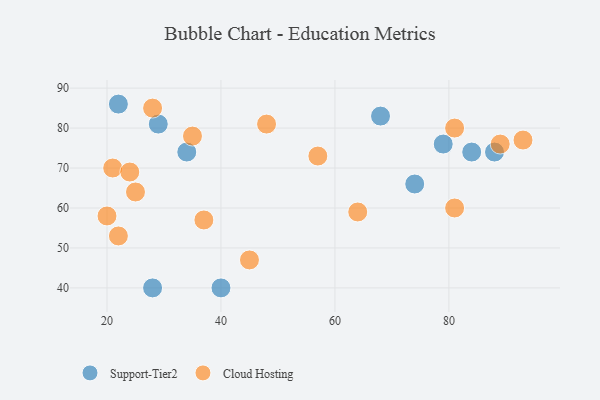
{"axis": {"x": "GDP", "y": "Life Expectancy"}, "legend": ["Cloud Hosting", "Support-Tier2"], "data": [{"x": "68", "y": 83, "type": "Support-Tier2"}, {"x": "79", "y": 76, "type": "Support-Tier2"}, {"x": "34", "y": 74, "type": "Support-Tier2"}, {"x": "29", "y": 81, "type": "Support-Tier2"}, {"x": "28", "y": 40, "type": "Support-Tier2"}, {"x": "74", "y": 66, "type": "Support-Tier2"}, {"x": "88", "y": 74, "type": "Support-Tier2"}, {"x": "22", "y": 86, "type": "Support-Tier2"}, {"x": "84", "y": 74, "type": "Support-Tier2"}, {"x": "40", "y": 40, "type": "Support-Tier2"}, {"x": "28", "y": 85, "type": "Cloud Hosting"}, {"x": "21", "y": 70, "type": "Cloud Hosting"}, {"x": "89", "y": 76, "type": "Cloud Hosting"}, {"x": "37", "y": 57, "type": "Cloud Hosting"}, {"x": "48", "y": 81, "type": "Cloud Hosting"}, {"x": "93", "y": 77, "type": "Cloud Hosting"}, {"x": "57", "y": 73, "type": "Cloud Hosting"}, {"x": "81", "y": 80, "type": "Cloud Hosting"}, {"x": "25", "y": 64, "type": "Cloud Hosting"}, {"x": "35", "y": 78, "type": "Cloud Hosting"}, {"x": "45", "y": 47, "type": "Cloud Hosting"}, {"x": "81", "y": 60, "type": "Cloud Hosting"}, {"x": "22", "y": 53, "type": "Cloud Hosting"}, {"x": "64", "y": 59, "type": "Cloud Hosting"}, {"x": "20", "y": 58, "type": "Cloud Hosting"}, {"x": "24", "y": 69, "type": "Cloud Hosting"}]}